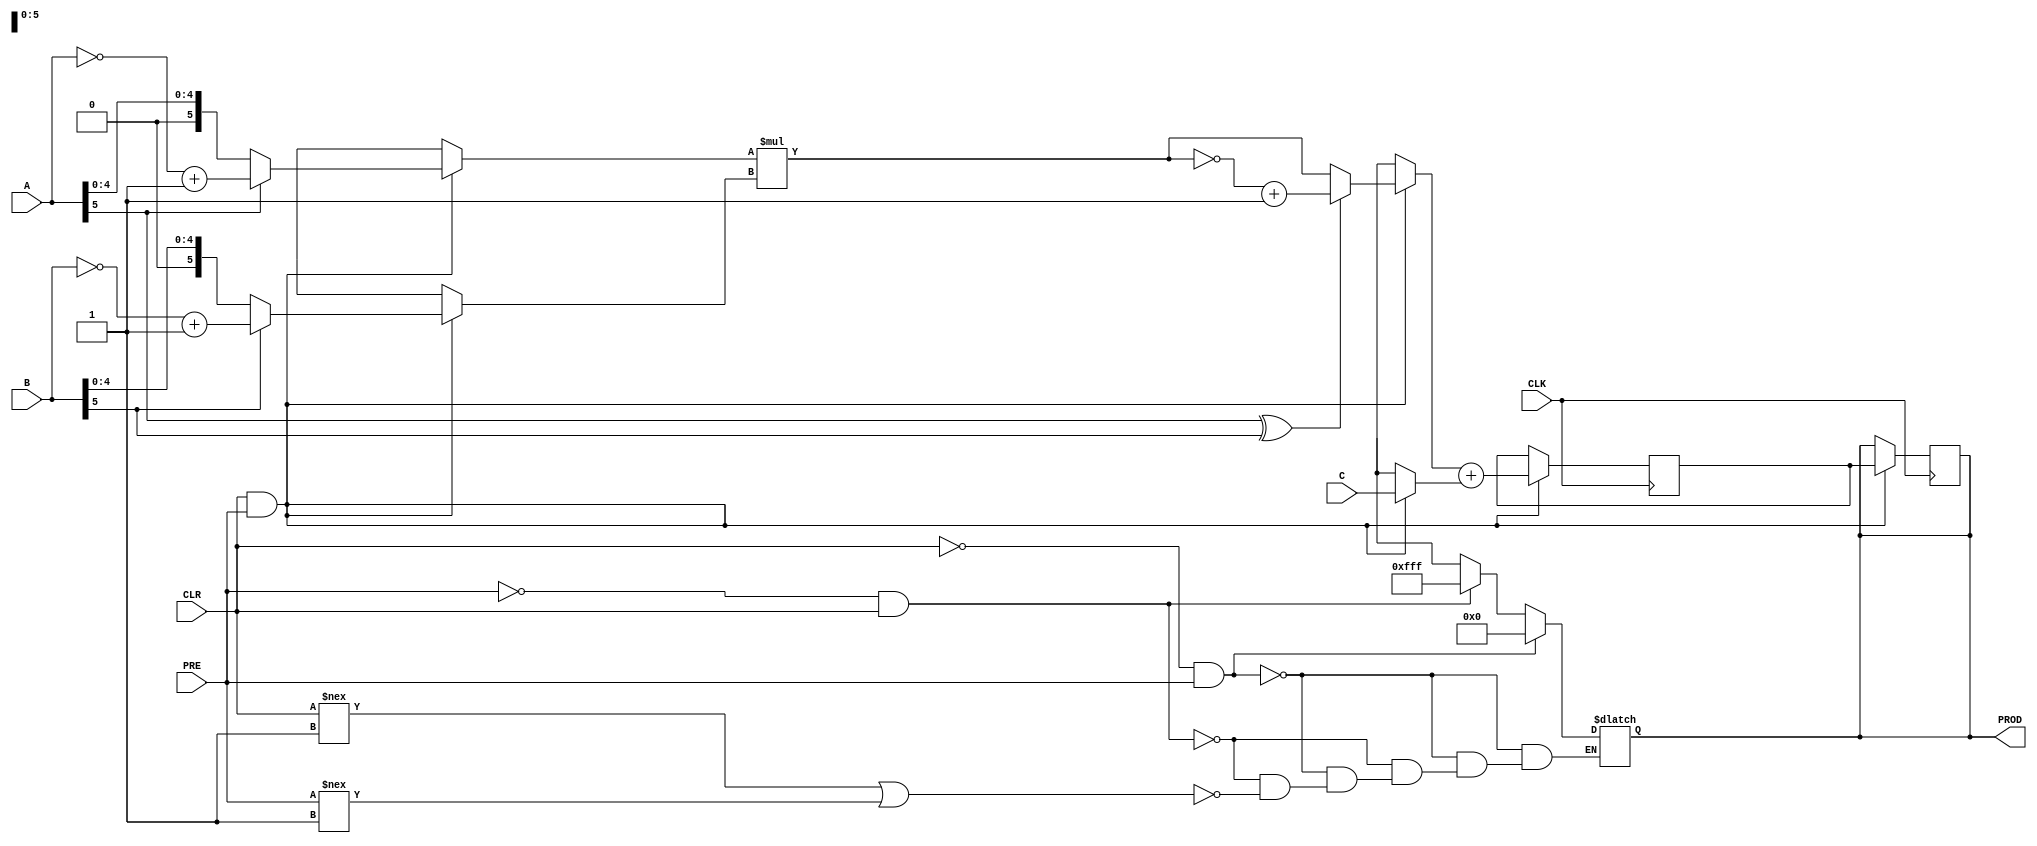
//------------------------------------------------------
// Copyright 1992, 1993 Cascade Design Automation Corporation.
//------------------------------------------------------
module multpipe2_generic(A,B,C,CLK,CLR,PRE,PROD);
  parameter AA = 6;
  parameter BB = 6;
  parameter CC = 12;
  parameter P = 12;
  input [(AA - 1):0] A;
  input [(BB - 1):0] B;
  input [(CC - 1):0] C;
  input  CLK;
  input  CLR;
  input  PRE;
  output [(P - 1):0] PROD;
  reg [(P - 1):0] PROD;
  reg [(P - 1):0] pp;
  reg [(P - 1):0] pipe;
  reg [(P - 1):0] megp;
  reg [(AA - 1):0] mega;
  reg [(BB - 1):0] megb;
  reg  sign;
  reg [((P - CC) - 1):0] VDDBUS;
  reg [((P - CC) - 1):0] GNDBUS;
  reg [(P - 1):0] C2;
  initial
    begin
    VDDBUS = ( ~ 128'b0);
    GNDBUS = 128'b0;
    end
  always
    @(CLR or PRE)
      begin
      if(((CLR == 1'b0) && (PRE == 1'b1)))
        PROD = 128'b0;
      else      if(((PRE == 1'b0) && (CLR == 1'b1)))
        PROD = ( ~ 128'b0);
      else      if(((CLR !== 1'b1) || (PRE !== 1'b1)))
        PROD = 128'bx;
      end
  always
    @(posedge CLK)
      begin
      if(((CLR == 1'b1) && (PRE == 1'b1)))
        begin
        PROD = pipe;
        if((A[(AA - 1)] == 1'b1))
          mega = (( ~ A) + 1'd1);
        else
          mega = A;
        if((B[(BB - 1)] == 1'b1))
          megb = (( ~ B) + 1'd1);
        else
          megb = B;
        megp = (mega * megb);
        sign = (A[(AA - 1)] ^ B[(BB - 1)]);
        if((sign == 1'b0))
          pp = megp;
        else
          pp = (( ~ megp) + 1'd1);
        if((C[(CC - 1)] == 1'b1))
          C2 = {VDDBUS,C};
        else
          C2 = {GNDBUS,C};
        if((CC > 0))
          pipe = (pp + C2);
        else
          pipe = pp;
        end
      end
endmodule